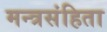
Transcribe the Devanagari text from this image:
मन्त्रसंहिता